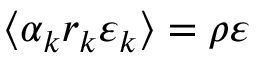
\langle \alpha _ { k } r _ { k } \varepsilon _ { k } \rangle = \rho \varepsilon